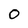
Character: O